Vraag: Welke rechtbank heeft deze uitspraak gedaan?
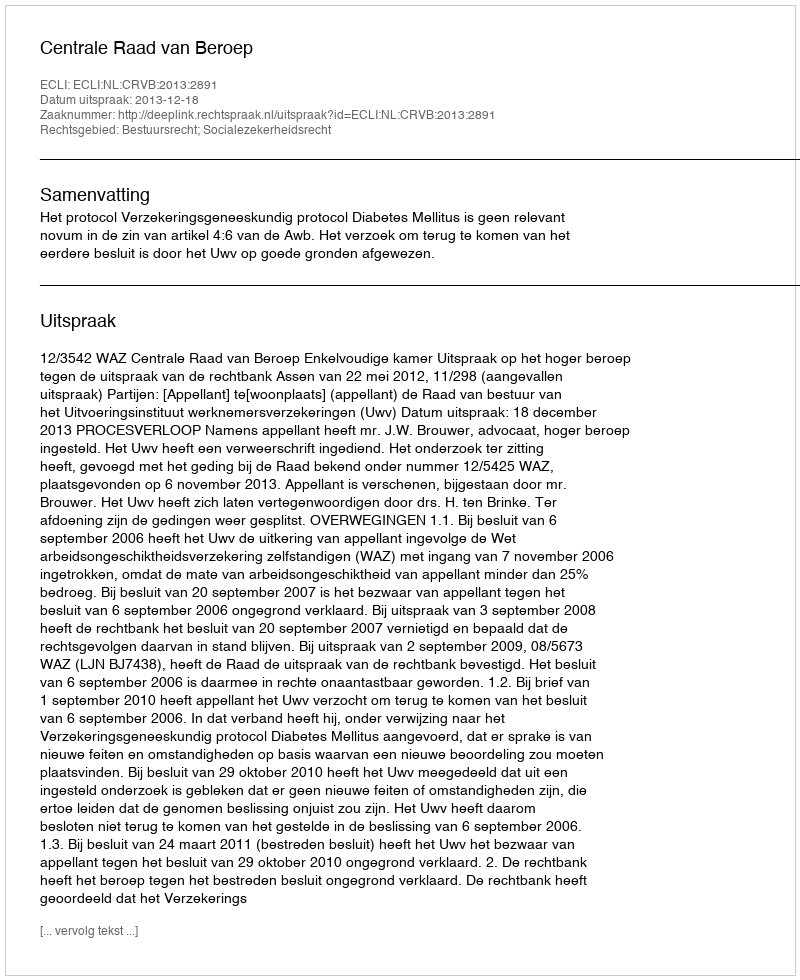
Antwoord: Centrale Raad van Beroep